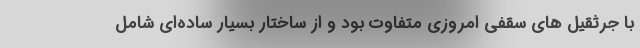
با جرثقیل های سقفی امروزی متفاوت بود و از ساختار بسیار ساده‌ای شامل